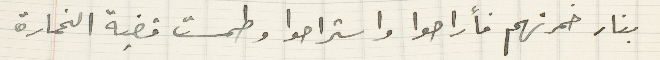
بنار خمرتهم فأراحوا واستراحوا وطمست قضية الخمارة